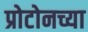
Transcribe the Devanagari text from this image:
प्रोटोनच्या